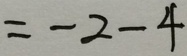
= - 2 - 4